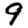
Digit: 9